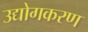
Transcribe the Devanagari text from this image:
उद्योगकरण